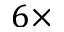
6 \times